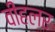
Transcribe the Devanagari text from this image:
वीहलर